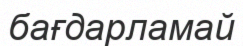
бағдарламай